Vaccination in the Punjab 1883-1896 - 1883-1896
Year: 1883
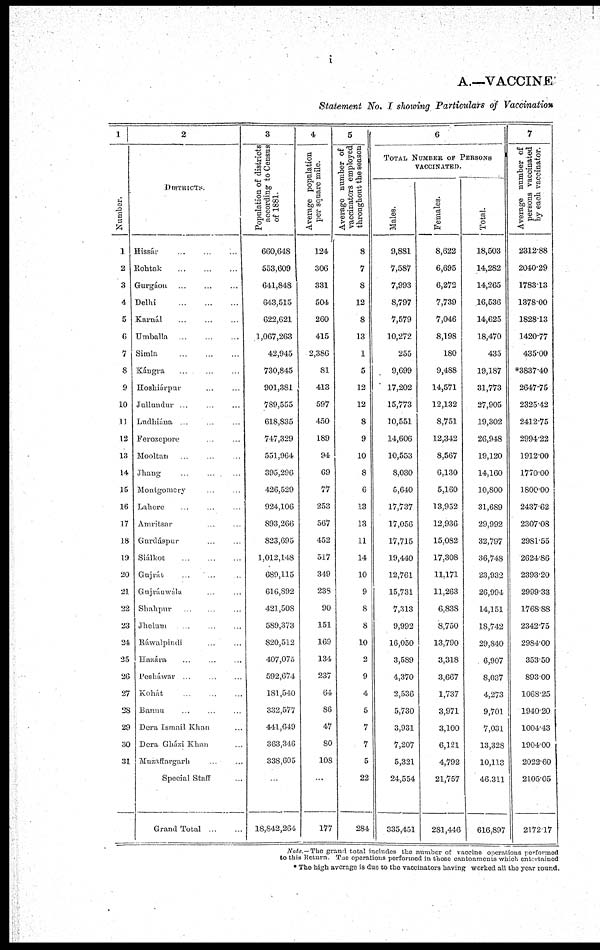
i
A.—VACCINE
Statement No. I showing Particulars of Vaccination
1
Number.
1
2
3
4
5
6
7
8
9
10
11
12
13
14
15
16
17
18
19
20
21
22
23
24
25
26
27
28
29
30
31
2
DISTRICTS.
Hissár ... ... ...
Rohtak ... ... ...
Gurgáon ... ... ...
Delhi
...
...
...
Karnál ... ... ...
Umballa ... ... ...
Simla ... ... ...
Kángra ... ... ...
Hoshiárpur ... ... ...
Jullundur ... ... ...
Ludhiána ... ... ...
Ferozepore ... ... ...
Mooltan ... ... ...
Jhang
...
...
...
Montgomery ... ... ...
Lahore ... ... ...
Amritsar ... ... ...
Gurdáspur ... ... ...
Siálkot
...
...
...
Gujrát ... ... ...
Gujránwála ... ... ...
Shahpur ... ... ...
Jhelum ... ... ...
Ráwalpindi ... ... ...
Hazára ... ... ...
Pesháwar ... ... ...
Kohát
...
...
...
Bannu ... ... ...
Dera Ismail Khan ...
Dera Gházi Khan ...
Muzaffargarh ... ... ...
Special Staff ...
Grand Total ...
3
Population of districts
according to Census
of 1881.
660,648
553,609
641,848
643,515
622,621
1,067,263
42,945
730,845
901,381
789,555
618,835
747,329
551,964
395,296
426,529
924,106
893,266
823,695
1,012,148
689,115
616,892
421,508
589,373
820,512
407,075
592,674
181,540
332,577
441,649
363,346
338,605
...
18,842,264
4
Average population
per square mile.
124
306
331
504
260
415
2,386
81
413
597
450
189
94
69
77
253
567
452
517
349
238
90
151
169
134
237
64
86
47
80
108
177
5
Average number of
vaccinators employed
throughout the season
8
7
8
12
8
13
1
5
12
12
8
9
10
8
6
13
13
11
14
10
9
8
8
10
2
9
4
5
7
7
5
22
284
6
TOTAL NUMBER OF PERSONS
VACCINATED.
Males.
9,881
7,587
7,993
8,797
7,579
10,272
255
9,699
17,202
15,773
10,551
14,606
10,553
8,030
5,640
17,737
17,056
17,715
19,440
12,761
15,731
7,313
9,992
16,050
3,589
4,370
2,536
5,730
3,931
7,207
5,321
24,554
335,451
Females.
8,622
6,695
6,272
7,739
7,046
8,198
180
9,488
14,571
12,132
8,751
12,342
8,567
6,130
5,160
13,952
12,936
15,082
17,308
11,171
11,263
6,838
8,750
13,790
3,318
3,667
1,737
3,971
3,100
6,121
4,792
21,757
281,446
Total.
18,503
14,282
14,265
16,536
14,625
18,470
435
19,187
31,773
27,905
19,302
26,948
19,120
14,160
10,800
31,689
29,992
32,797
36,748
23,932
26,994
14,151
18,742
29,840
6,907
8,037
4,273
9,701
7,031
13,328
10,113
46,311
616,897
7
Average number of
persons vaccinated
by each vaccinator.
2312.88
2040.29
1783.13
1378.00
1828.13
1420.77
435.00
*3837.40
2647.75
2325.42
2412.75
2994.22
1912.00
1770.00
1800.00
2437.62
2307.08
2981.55
2624.86
2393.20
2999.33
1768.88
2342.75
2984.00
353.50
893.00
1068.25
1940.20
1004.43
1904.00
2022.60
2105.05
2172.17
Note.— The grand total includes the number of vaccine operations performed
to this Return. The operations performed in those cantonments which entertained
* The high average is due to the vaccinators having worked all the year round.